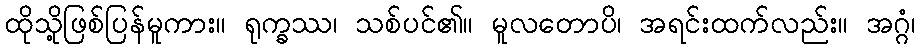
ထိုသို့ဖြစ်ပြန်မူကား။ ရုက္ခဿ၊ သစ်ပင်၏။ မူလတောပိ၊ အရင်းထက်လည်း။ အဂ္ဂံ၊